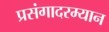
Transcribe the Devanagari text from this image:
प्रसंगादरम्यान